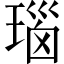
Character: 瑙